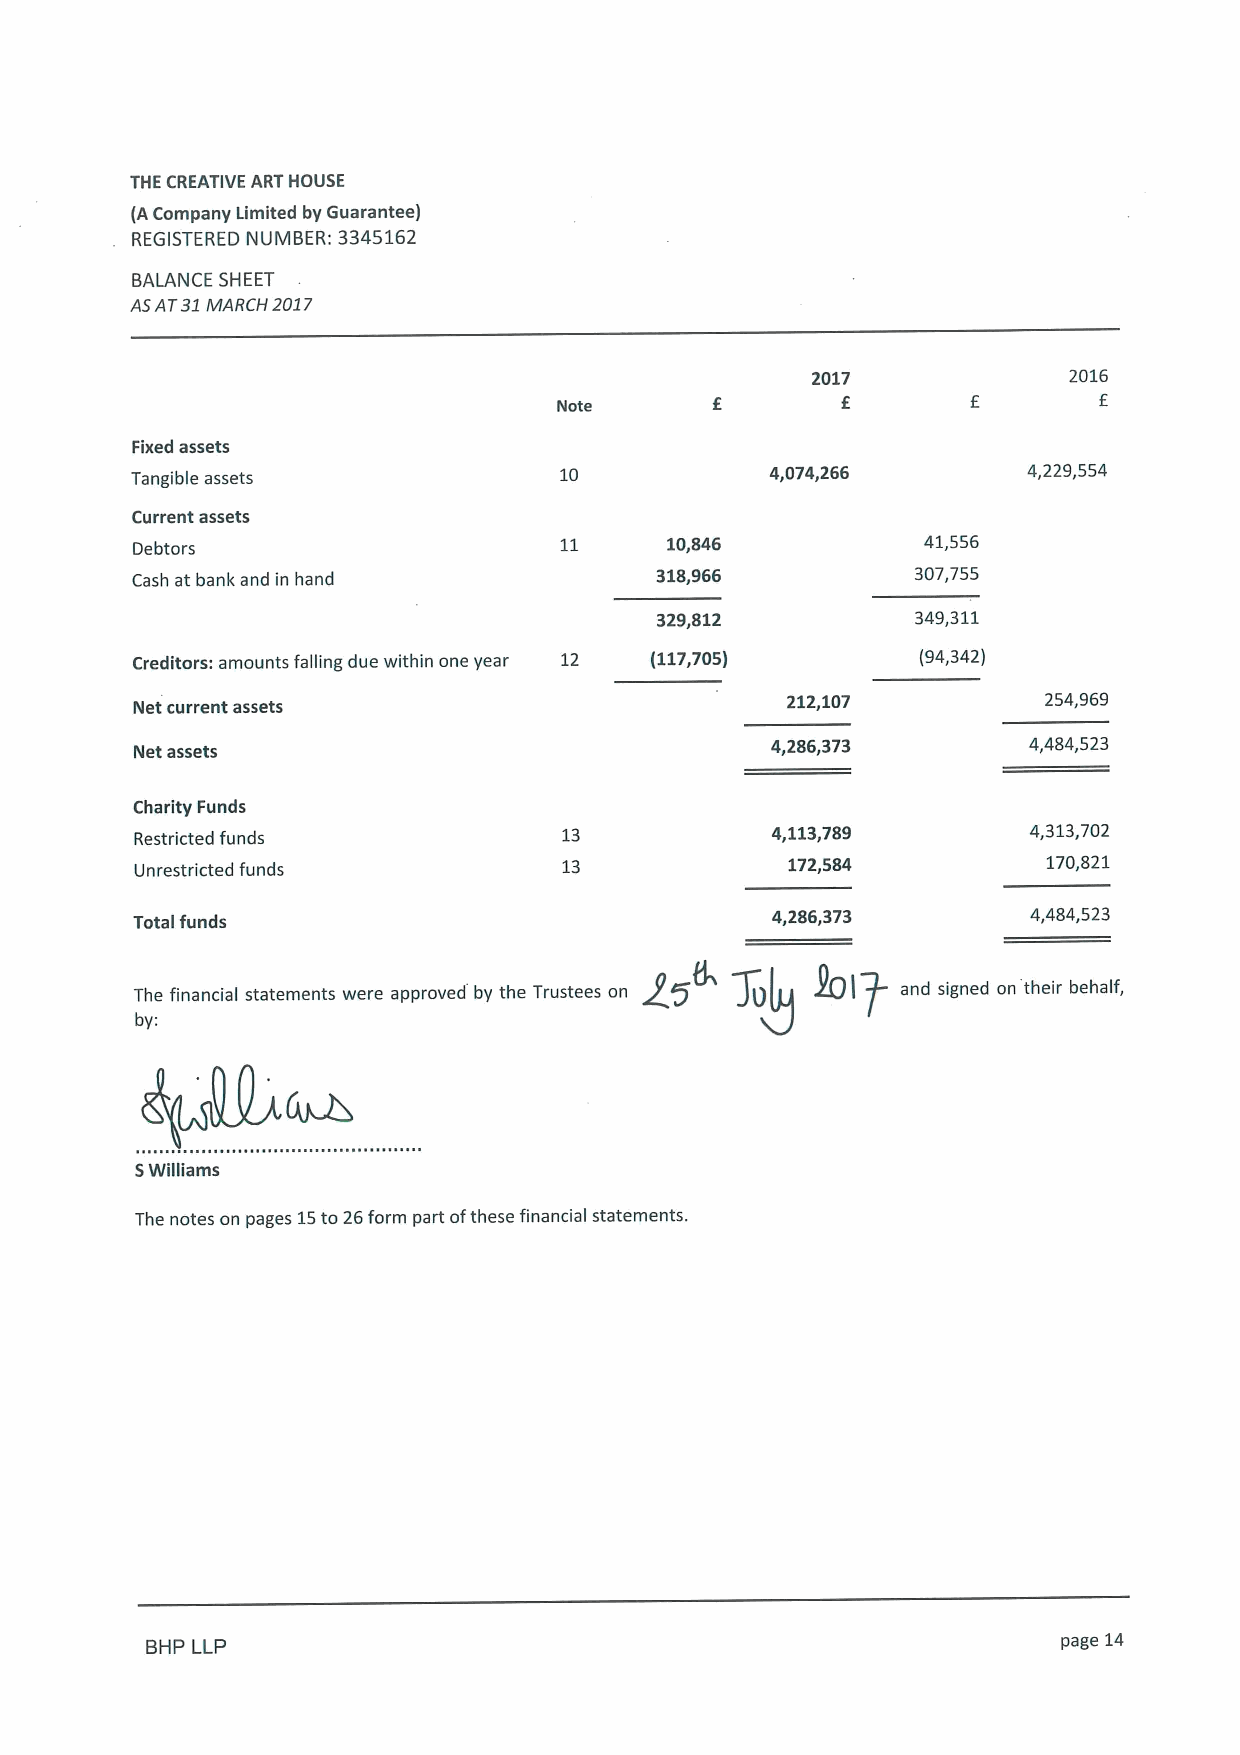
THE CREATIVE ART HOUSE
 (ACompany Limited by Guarantee)
 REGISTERED NUMBER: 3345162
 BALANCE SHEET
 A5AT31MARCH 2017
 2017             2016
 f                f
 Note
 Fixed assets
 Tangible assets             10            4,074,266        4,229,554
 Current assets
 Debtors                            10,846           41,556
 Cash at bank and in hand          318,966           307,755
 329,812           349,311
 Creditors: amounts falling due within one year 12 (117,705) (94,342)
 Net current assets                         212,107          254,969
 Net assets                                4,286,373        4,484,523
 Charity Funds
 Restricted funds            13            4,113,789        4,313,702
 Unrestricted funds          13             172,584          170,821
 Total funds
 4,286,373        4,484,523
 5.
 The financial statements were approved by the Trustees on gg Jo SIP and signed on their behalf,
 „
 by:
 SWilliams
 The notes on pages 15to 26form part ofthese financial statements.
 BHP LLP                                                     page 14